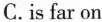
C. is far on